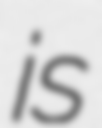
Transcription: is